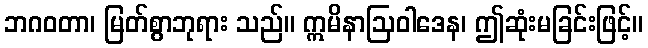
ဘဂဝတာ၊ မြတ်စွာဘုရား သည်။ ဣမိနာဩဝါဒေန၊ ဤဆုံးမခြင်းဖြင့်။